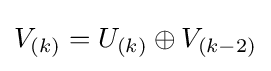
V_{(k)}=U_{(k)}\oplus V_{(k-2)}